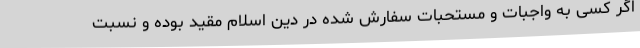
اگر کسی به واجبات و مستحبات سفارش شده در دین اسلام مقید بوده و نسبت